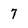
Character: 7